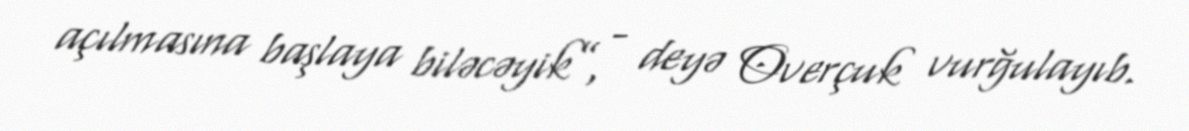
açılmasına başlaya biləcəyik”, - deyə Overçuk vurğulayıb.